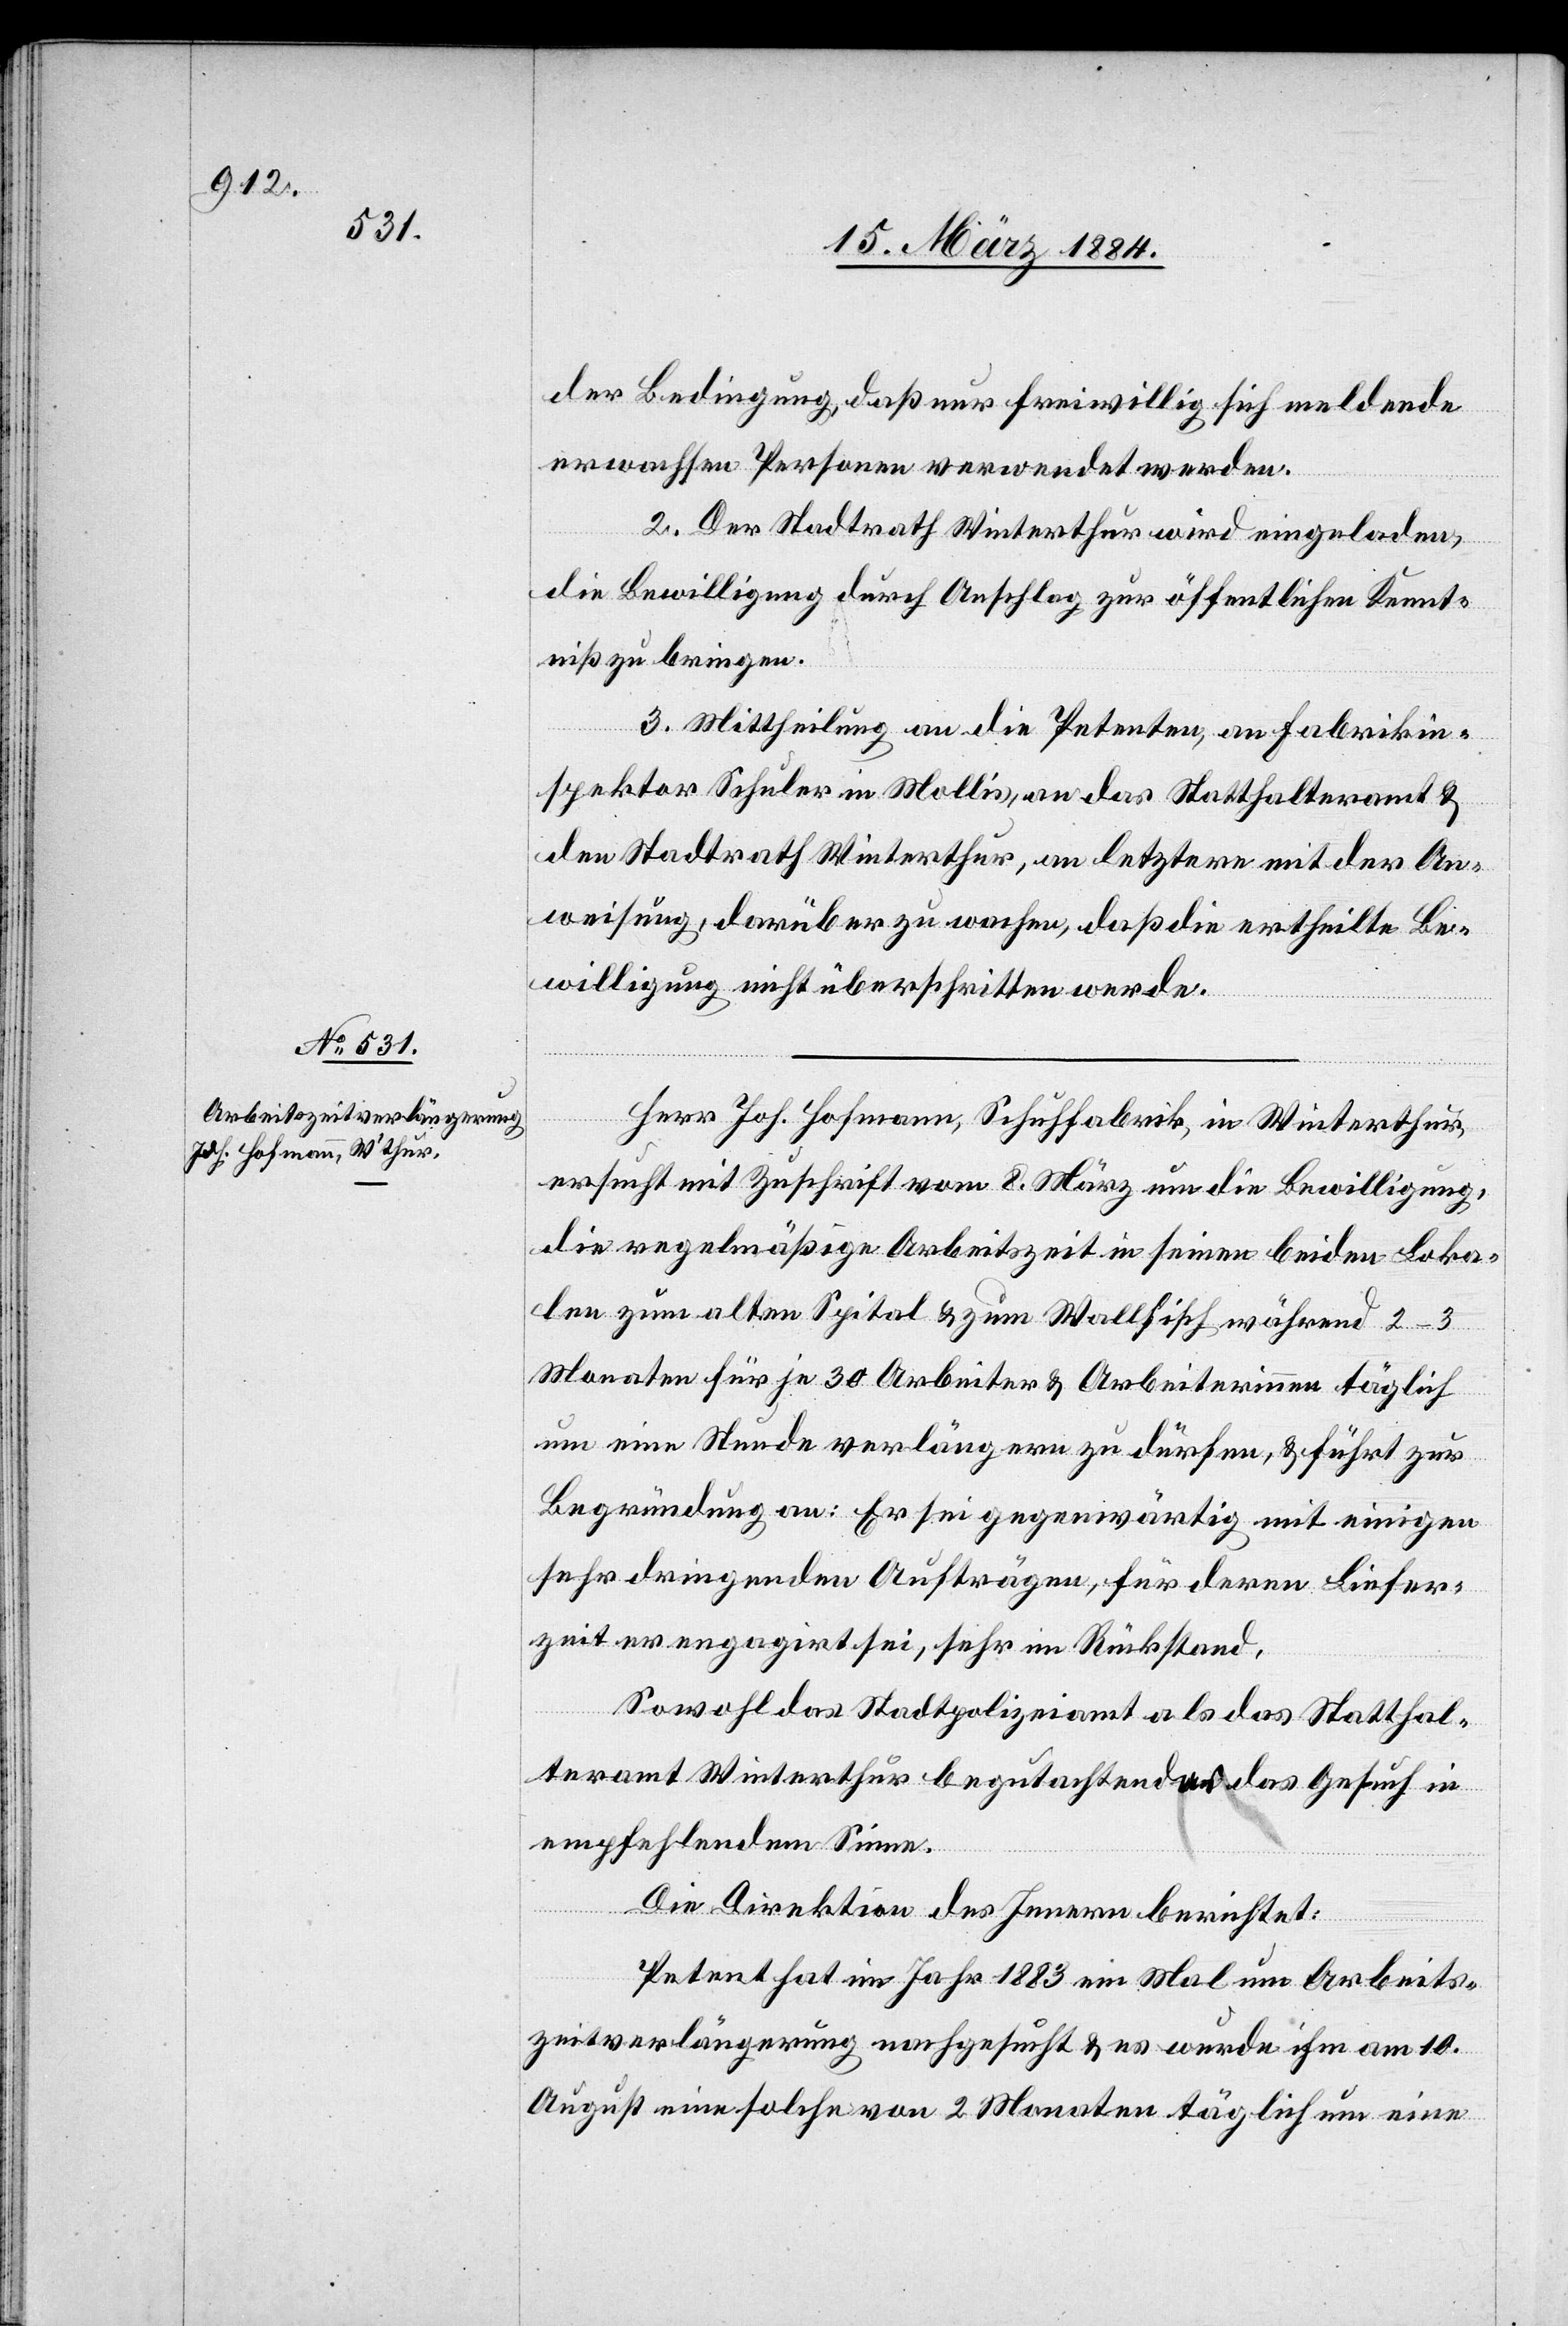
der Bedingung, daß nur freiwillig sich meldende
erwachsene Personen verwendet werden.
2. Der Stadtrath Winterthur wird eingeladen,
die Bewilligung durch Anschlag zur öffentlichen Kennt¬
niß zu bringen.
3. Mittheilung an die Petenten, an Fabrikin¬
spektor Schuler in Mollis, an das Statthalteramt &
den Stadtrath Winterthur, an letztere mit der An¬
weisung, darüber zu wachen, daß die ertheilte Be¬
willigung nicht überschritten werde.
Herr Joh. Hofmann, Schuhfabrik, in Winterthur,
ersucht mit Zuschrift vom 8. März um die Bewilligung,
die regelmäßige Arbeitszeit in seinen beiden Loka¬
len zum alten Spital & zum Wallfisch während 2–3
Monaten für je 30 Arbeiter & Arbeiterinnen täglich
um eine Stunde verlängern zu dürfen, & führt zur
Begründung an: Er sei gegenwärtig mit einigen
sehr dringenden Aufträgen, für deren Liefer¬
zeit er engagirt sei, sehr im Rückstand.
Sowohl das Stadtpolizeiamt als das Statthal¬
teramt Winterthur begutachtet das Gesuch in
empfehlendem Sinne.
Die Direktion des Innern berichtet:
Petent hat im Jahr 1883 ein Mal um Arbeits¬
zeitverlängerung nachgesucht & es wurde ihm am 10.
August eine solche von 2 Monaten täglich um eine